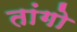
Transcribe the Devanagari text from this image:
तांगो